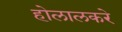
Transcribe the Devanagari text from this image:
होलालकरे